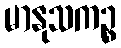
မာနုသကဉ္စ